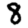
Digit: 8